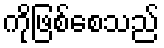
ကိုဖြစ်စေသည်